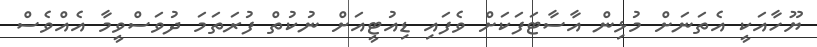
ޔޫހާއަކީ އެތަނަށް މުޅިން އާސާޓަފަކަށް ވެފައި ޑިއުޓީއަށް ނުކުތް ފުރަތަމަ ދުވަސްވީމާ އެއްވެސް